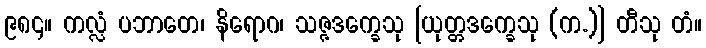
၉၈၄။ ကလ္လံ ပဘာတေ၊ နိရောဂ၊ သဇ္ဇဒက္ခေသု [ယုတ္တဒက္ခေသု (က.)] တီသု တံ။